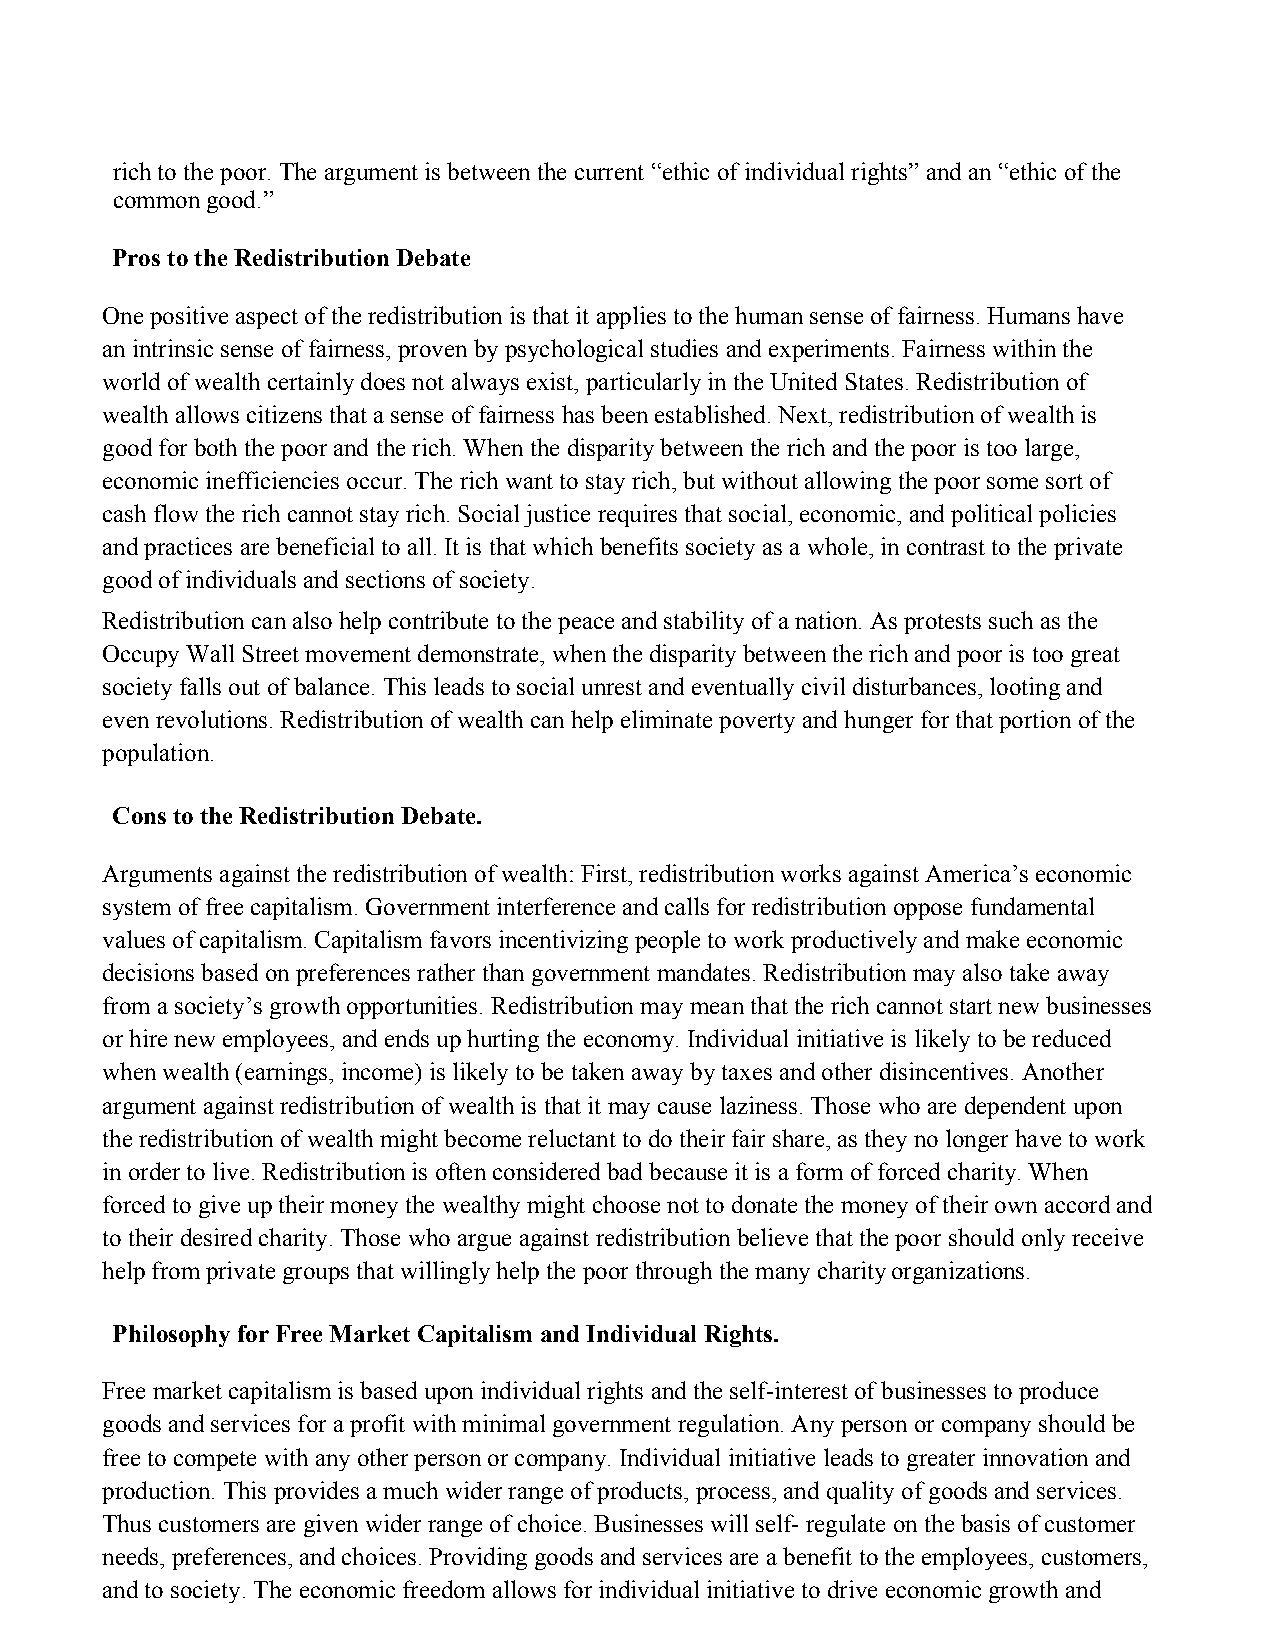
rich to the poor. The argument is between the current “ethic of individual rights” and an “ethic of the
 common good.”
 Pros to the Redistribution Debate
 One positive aspect of the redistribution is that it applies to the human sense of fairness. Humans have
 an intrinsic sense of fairness, proven by psychological studies and experiments. Fairness within the
 world of wealth certainly does not always exist, particularly in the United States. Redistribution of
 wealth allows citizens that a sense of fairness has been established. Next, redistribution of wealth is
 good for both the poor and the rich. When the disparity between the rich and the poor is too large,
 economic inefficiencies occur. The rich want to stay rich, but without allowing the poor some sort of
 cash flow the rich cannot stay rich. Social justice requires that social, economic, and political policies
 and practices are beneficial to all. It is that which benefits society as a whole, in contrast to the private
 good of individuals and sections of society.
 Redistribution can also help contribute to the peace and stability of a nation. As protests such as the
 Occupy Wall Street movement demonstrate, when the disparity between the rich and poor is too great
 society falls out of balance. This leads to social unrest and eventually civil disturbances, looting and
 even revolutions. Redistribution of wealth can help eliminate poverty and hunger for that portion of the
 population.
 Cons to the Redistribution Debate.
 Arguments against the redistribution of wealth: First, redistribution works against America’s economic
 system of free capitalism. Government interference and calls for redistribution oppose fundamental
 values of capitalism. Capitalism favors incentivizing people to work productively and make economic
 decisions based on preferences rather than government mandates. Redistribution may also take away
 from a society’s growth opportunities. Redistribution may mean that the rich cannot start new businesses
 or hire new employees, and ends up hurting the economy. Individual initiative is likely to be reduced
 when wealth (earnings, income) is likely to be taken away by taxes and other disincentives. Another
 argument against redistribution of wealth is that it may cause laziness. Those who are dependent upon
 the redistribution of wealth might become reluctant to do their fair share, as they no longer have to work
 in order to live. Redistribution is often considered bad because it is a form of forced charity. When
 forced to give up their money the wealthy might choose not to donate the money of their own accord and
 to their desired charity. Those who argue against redistribution believe that the poor should only receive
 help from private groups that willingly help the poor through the many charity organizations.
 Philosophy for Free Market Capitalism and Individual Rights.
 Free market capitalism is based upon individual rights and the self-interest of businesses to produce
 goods and services for a profit with minimal government regulation. Any person or company should be
 free to compete with any other person or company. Individual initiative leads to greater innovation and
 production. This provides a much wider range of products, process, and quality of goods and services.
 Thus customers are given wider range of choice. Businesses will self- regulate on the basis of customer
 needs, preferences, and choices. Providing goods and services are a benefit to the employees, customers,
 and to society. The economic freedom allows for individual initiative to drive economic growth and